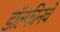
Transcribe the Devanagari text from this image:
डॉल्फीनचे